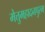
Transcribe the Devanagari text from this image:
मेत्तुमहादनपुरम